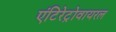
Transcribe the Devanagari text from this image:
एंटिरेट्रोवायरल